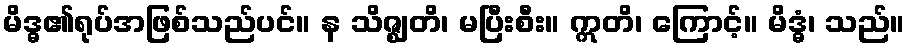
မိဒ္ဓ၏ရုပ်အဖြစ်သည်ပင်။ န သိဇ္ဈတိ၊ မပြီးစီး။ ဣတိ၊ ကြောင့်။ မိဒ္ဓံ၊ သည်။